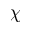
\chi